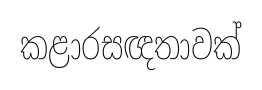
කළාරසඥතාවක්